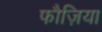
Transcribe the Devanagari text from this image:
फौज़िया